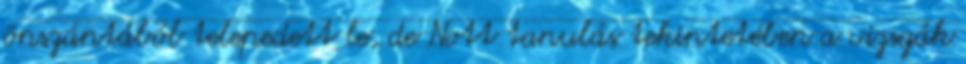
önszántából telepedett le, de Nott tanulás tekintetében a vizsgák